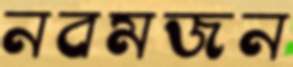
নবমজন